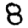
Digit: 8